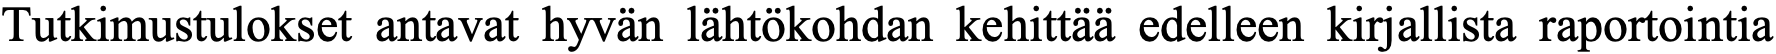
Tutkimustulokset antavat hyvän lähtökohdan kehittää edelleen kirjallista raportointia